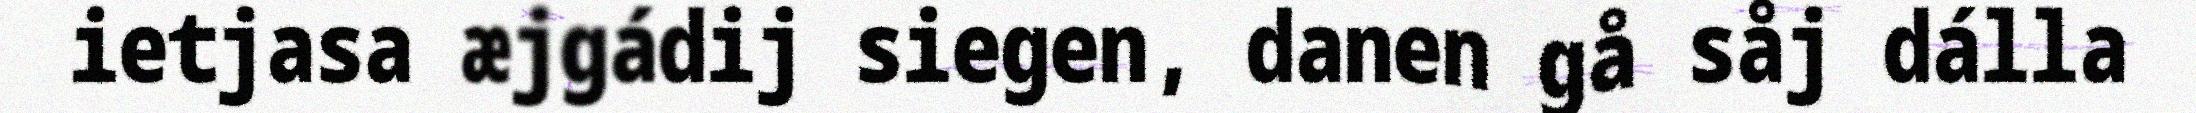
ietjasa æjgádij siegen, danen gå såj dálla